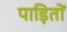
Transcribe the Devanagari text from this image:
पाड़ितों